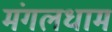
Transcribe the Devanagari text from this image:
मंगलधाम